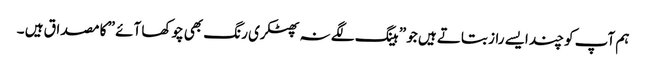
ہم آپ کو چند ایسے راز بتاتے ہیں جو ” ہینگ لگے نہ پھٹکری رنگ بھی چوکھا آئے ” کا مصداق ہیں ۔